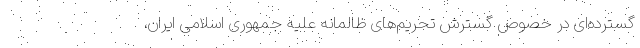
گسترده‌ای در خصوص گسترش تحریم‌های ظالمانه علیه جمهوری اسلامی ایران،